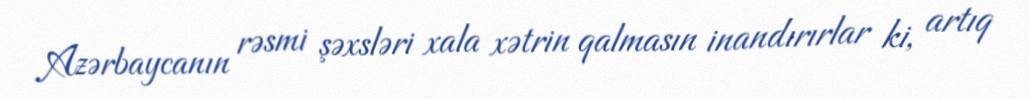
Azərbaycanın rəsmi şəxsləri xala xətrin qalmasın inandırırlar ki, artıq